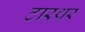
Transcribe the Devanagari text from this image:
टारथर